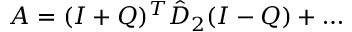
A = ( I + Q ) ^ { T } \hat { D } _ { 2 } ( I - Q ) + \ldots